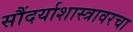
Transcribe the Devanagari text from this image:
सौंदर्याशास्त्रावरचा